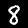
Digit: 8